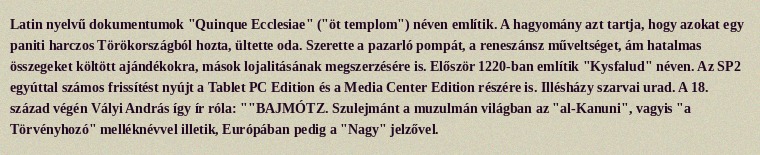
Latin nyelvű dokumentumok "Quinque Ecclesiae" ("öt templom") néven említik. A hagyomány azt tartja, hogy azokat egy paniti harczos Törökországból hozta, ültette oda. Szerette a pazarló pompát, a reneszánsz műveltséget, ám hatalmas összegeket költött ajándékokra, mások lojalitásának megszerzésére is. Először 1220-ban említik "Kysfalud" néven. Az SP2 egyúttal számos frissítést nyújt a Tablet PC Edition és a Media Center Edition részére is. Illésházy szarvai urad. A 18. század végén Vályi András így ír róla: ""BAJMÓTZ. Szulejmánt a muzulmán világban az "al-Kanuni", vagyis "a Törvényhozó" melléknévvel illetik, Európában pedig a "Nagy" jelzővel.